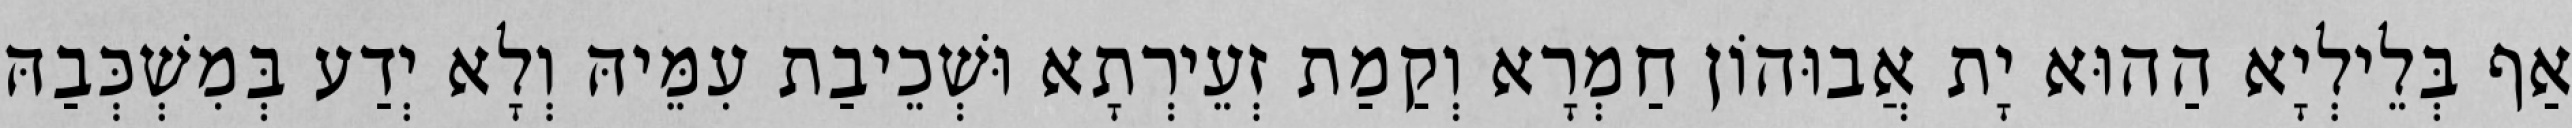
אַף בְּלֵילְיָא הַהוּא יָת אֲבוּהוֹן חַמְרָא וְקַמַת זְעֵירְתָא וּשְׁכֵיבַת עִמֵּיהּ וְלָא יְדַע בְּמִשְׁכְּבַהּ